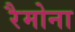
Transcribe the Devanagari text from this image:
रैमोना